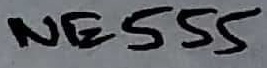
Text: NE555